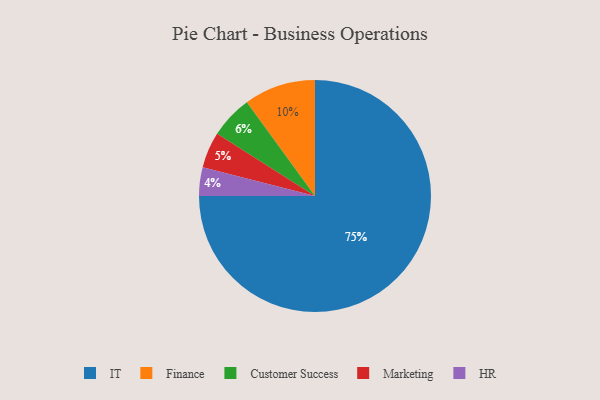
{"axis": {"x": "Category", "y": "Percentage"}, "legend": ["Customer Success", "Finance", "HR", "IT", "Marketing"], "data": [{"x": "Finance", "y": 10, "type": "Finance"}, {"x": "HR", "y": 4, "type": "HR"}, {"x": "Marketing", "y": 5, "type": "Marketing"}, {"x": "IT", "y": 75, "type": "IT"}, {"x": "Customer Success", "y": 6, "type": "Customer Success"}]}